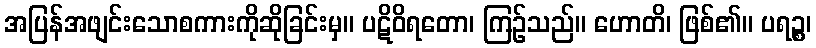
အပြန်အဖျင်းသောစကားကိုဆိုခြင်းမှ။ ပဋိဝိရတော၊ ကြဉ်သည်။ ဟောတိ၊ ဖြစ်၏။ ပရဉ္စ၊